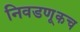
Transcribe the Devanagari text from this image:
निवडणूकच